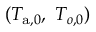
( T _ { \mathrm { a } , 0 } , \ T _ { o , 0 } )